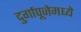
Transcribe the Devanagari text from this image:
दुर्गापूजेमध्ये